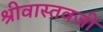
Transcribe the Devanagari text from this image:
श्रीवास्तवजी